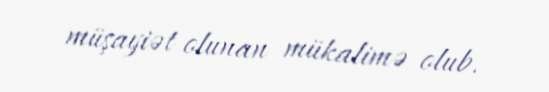
müşayiət olunan mükalimə olub.